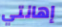
إهانتي